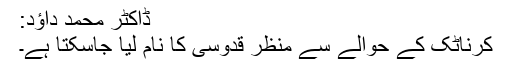
ڈاکٹر محمد داؤد:
کرناٹک کے حوالے سے منظر قدوسی کا نام لیا جاسکتا ہے۔